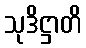
သုဒိဋ္ဌာတိ